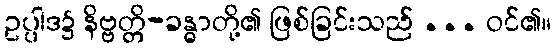
ဥပ္ပါဒ၌ နိဗ္ဗတ္တိ-ခန္ဓာတို့၏ ဖြစ်ခြင်းသည် ... ဝင်၏။